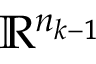
\mathbb { R } ^ { n _ { k - 1 } }